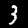
Digit: 3